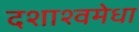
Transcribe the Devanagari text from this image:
दशाश्वमेधा